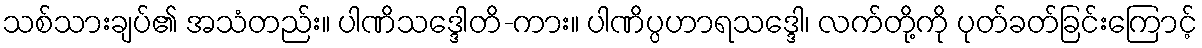
သစ်သားချပ်၏ အသံတည်း။ ပါဏိသဒ္ဒေါတိ-ကား။ ပါဏိပ္ပဟာရသဒ္ဒေါ၊ လက်တို့ကို ပုတ်ခတ်ခြင်းကြောင့်